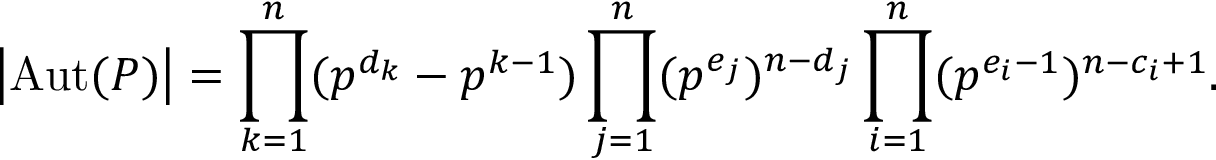
\left| \operatorname { A u t } ( P ) \right| = \prod _ { k = 1 } ^ { n } ( p ^ { d _ { k } } - p ^ { k - 1 } ) \prod _ { j = 1 } ^ { n } ( p ^ { e _ { j } } ) ^ { n - d _ { j } } \prod _ { i = 1 } ^ { n } ( p ^ { e _ { i } - 1 } ) ^ { n - c _ { i } + 1 } .